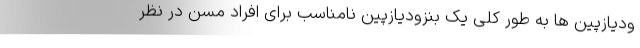
ودیازپین ها به طور کلی یک بنزودیازپین نامناسب برای افراد مسن در نظر